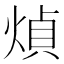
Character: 𤋺